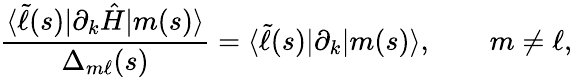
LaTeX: \frac{\langle\widetilde{\ell}(s)|\partial_{k}\hat{H}|m(s)\rangle}{\Delta_{m\ell}(s)}=\langle\widetilde{\ell}(s)|\partial_{k}|m(s)\rangle,\qquad m\neq\ell,